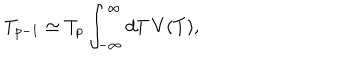
T _ { p - 1 } \simeq T _ { p } \int _ { - \infty } ^ { \infty } d T \, V ( T ) ,